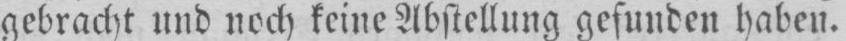
gebracht und noch keine Abstellung gefunden haben.